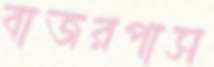
বাজরপাস